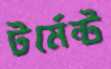
টর্মেন্ট